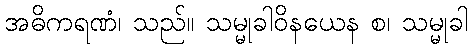
အဓိကရဏံ၊ သည်။ သမ္မုခါဝိနယေန စ၊ သမ္မုခါ